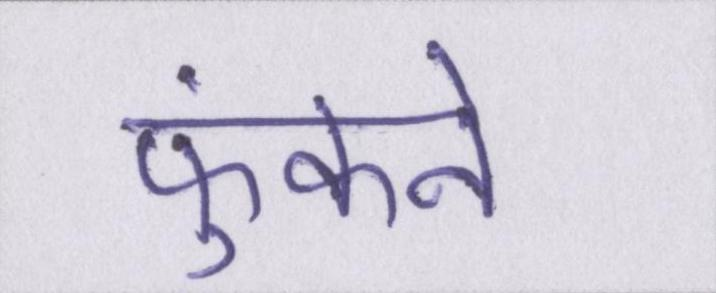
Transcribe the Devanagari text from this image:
फुंकने